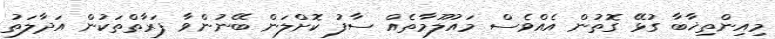
މިއިންތިޚާބާ ގުޅޭ ގޮތުން އެއްވެސް މައުލޫމާތެއް ސާފު ކޮށްލަން ބޭނުންވާ ފަރާތްތަކުން އަދާލަތު